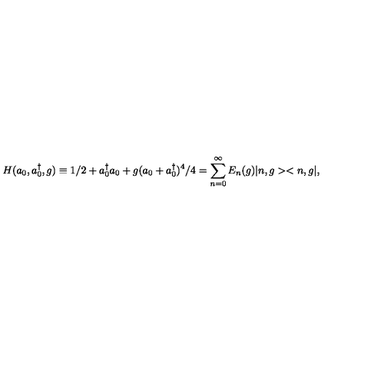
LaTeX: H ( a _ { 0 } , a _ { 0 } ^ { \dag } , g ) \equiv 1 / 2 + a _ { 0 } ^ { \dag } a _ { 0 } + g ( a _ { 0 } + a _ { 0 } ^ { \dag } ) ^ { 4 } / 4 = \sum _ { n = 0 } ^ { \infty } E _ { n } ( g ) | n , g > < n , g | ,